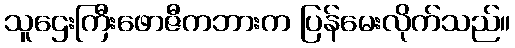
သူဌေးကြီးဖောဇီကဘားက ပြန်မေးလိုက်သည်။